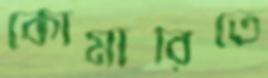
কোমারিতে